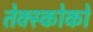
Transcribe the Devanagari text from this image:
तेक्स्कोको